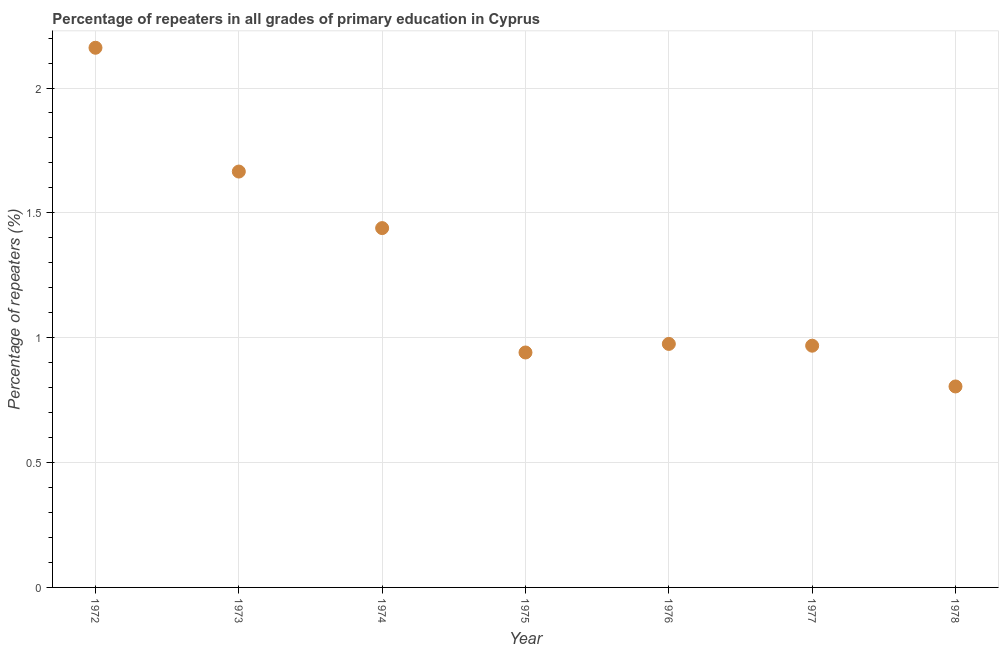
| Year | Repeaters in primary education |
 | --- | --- |
 | 1972 | 2.16 |
 | 1973 | 1.67 |
 | 1974 | 1.44 |
 | 1975 | 0.941 |
 | 1976 | 0.975 |
 | 1977 | 0.968 |
 | 1978 | 0.805 |